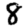
Digit: 8